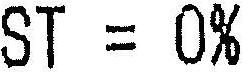
ST = 0%